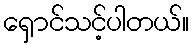
ရှောင်သင့်ပါတယ်။